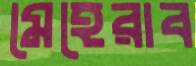
মেহেরাব